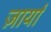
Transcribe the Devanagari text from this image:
ज़ार्या